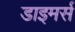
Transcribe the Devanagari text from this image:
डाइमर्स